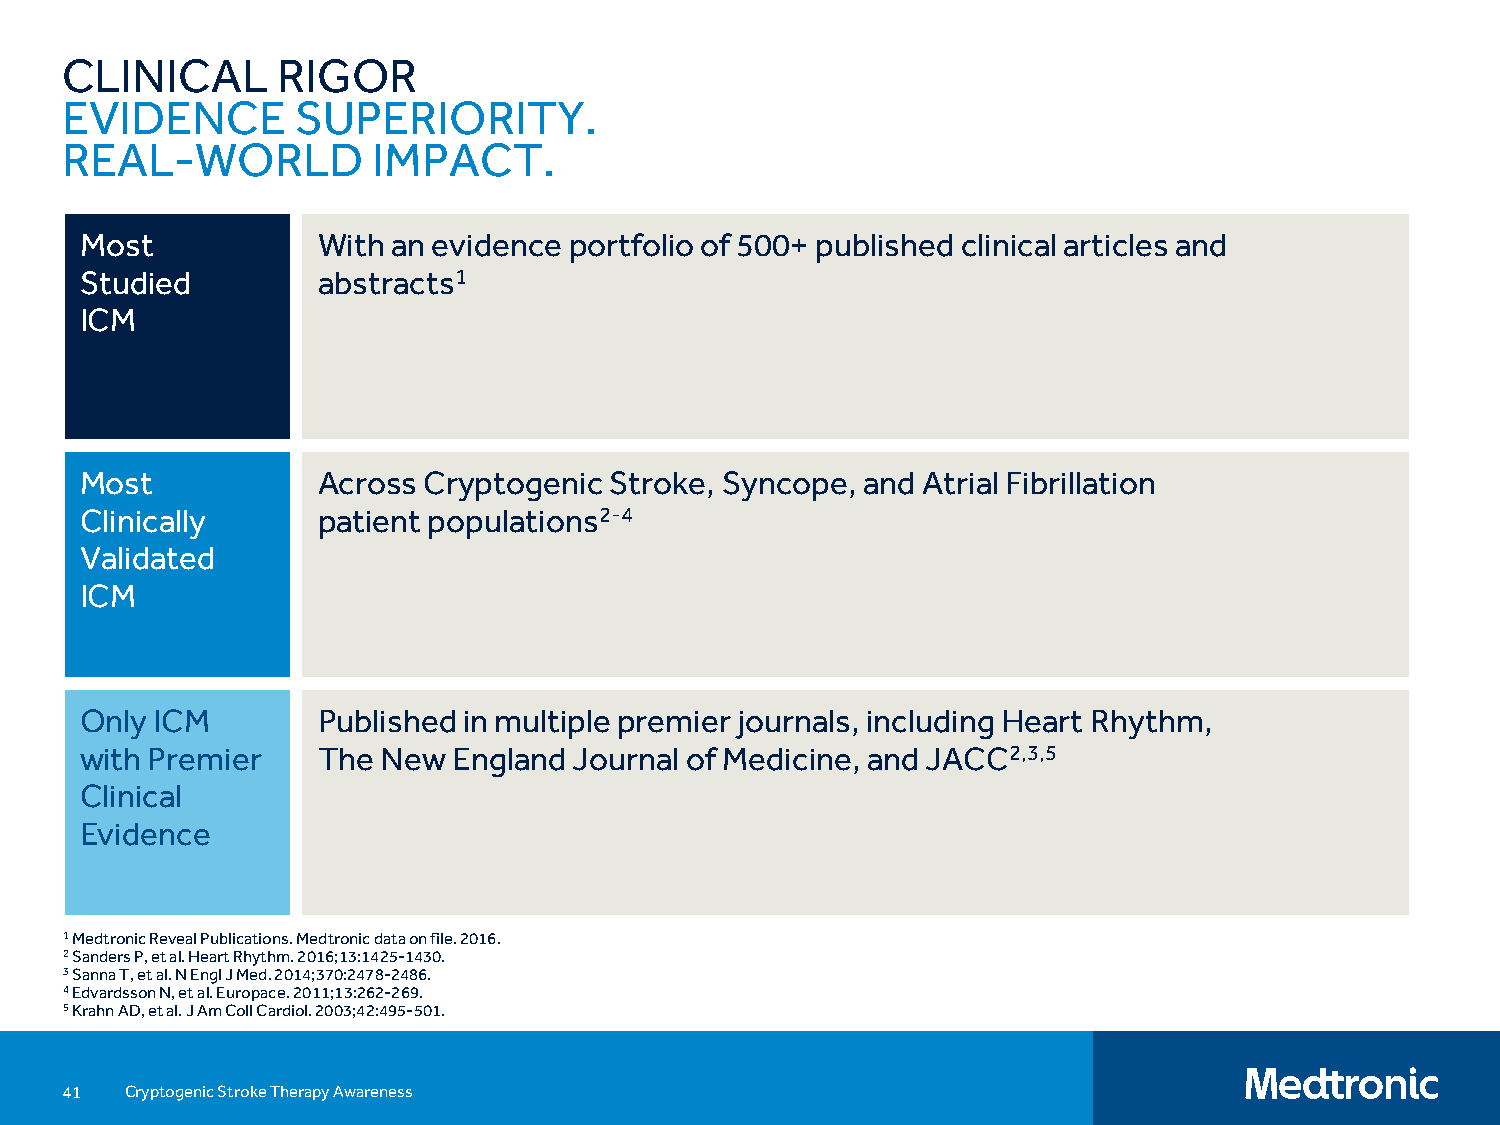
CLINICAL      RIGOR
 EVIDENCE        SUPERIORITY.
 REAL-WORLD           IMPACT.
 Most            With an evidence portfolio of 500+ published clinical articles and
 Studied         abstracts1
 With an evidence  portfolio of 500+  published  clinical articles and
 ICM
 abstracts1
 Most            Across Cryptogenic Stroke, Syncope, and Atrial Fibrillation
 Clinically      patient populations2-4
 Across  Cryptogenic   Stroke, Syncope,  and  Atrial Fibrillation
 Validated
 patient populations8-10
 ICM
 Only ICM        Published in multiple premier journals, including Heart Rhythm,
 with Premier    The New  England Journal of Medicine, and JACC2,3,5
 Published  in multiple premier journals, including Heart Rhythm,
 Clinical
 The New  England  Journal of Medicine and  JACC  8,9,11
 Evidence
 1Medtronic Reveal Publications. Medtronic data on file. 2016.
 2Sanders P, et al. Heart Rhythm. 2016;13:1425-1430.
 3Sanna T, et al. N EnglJ Med. 2014;370:2478-2486.
 4Edvardsson N, et al. Europace. 2011;13:262-269.
 5KrahnAD, et al. J Am Coll Cardiol. 2003;42:495-501.
 41  Cryptogenic Stroke Therapy Awareness